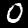
Digit: 0